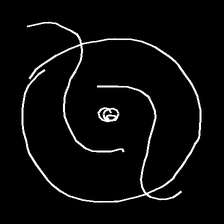
Glyph: repetition